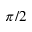
\pi / 2